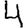
Digit: 4